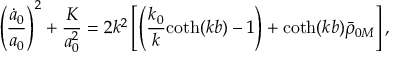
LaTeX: \left( \frac { \dot { a } _ { 0 } } { a _ { 0 } } \right) ^ { 2 } + \frac { K } { a _ { 0 } ^ { 2 } } = 2 k ^ { 2 } \left[ \left( \frac { k _ { 0 } } { k } \mathrm { c o t h } ( k b ) - 1 \right) + \mathrm { c o t h } ( k b ) \bar { \rho } _ { 0 M } \right] ,